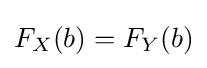
F_{X}(b)=F_{Y}(b)